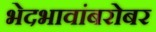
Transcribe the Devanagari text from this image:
भेदभावांबरोबर